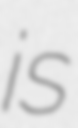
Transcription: is